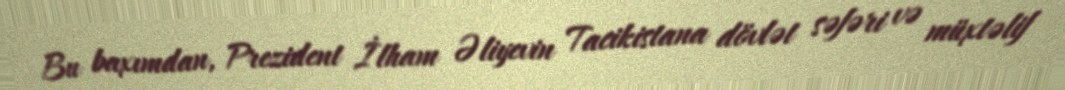
Bu baxımdan, Prezident İlham Əliyevin Tacikistana dövlət səfəri və müxtəlif